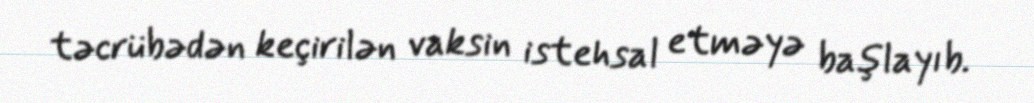
təcrübədən keçirilən vaksin istehsal etməyə başlayıb.